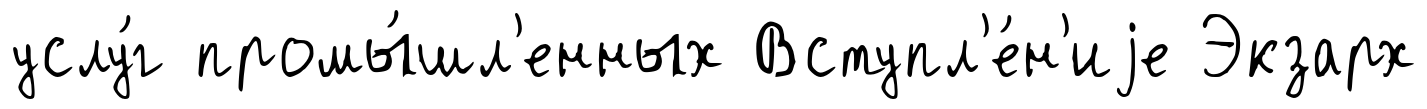
услу́г промы́шл'енных Вступл'е́н'иjе Экзарх